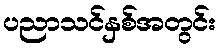
ပညာသင်နှစ်အတွင်း